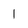
Character: 1